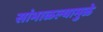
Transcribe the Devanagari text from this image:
सांभाळल्यामुळे